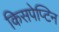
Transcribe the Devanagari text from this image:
किसपेप्टिन